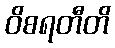
ဝိစရတီတိ